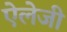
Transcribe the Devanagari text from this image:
ऐलेजी